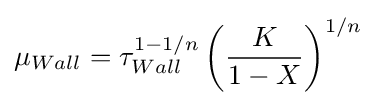
\mu _{Wall}=\tau _{Wall}^{1-1/n}\left({\frac {K}{1-X}}\right)^{1/n}